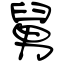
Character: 舅